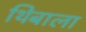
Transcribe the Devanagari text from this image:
थिबाला